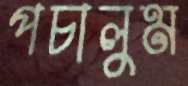
পচালুম